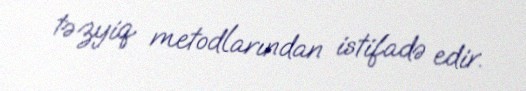
təzyiq metodlarından istifadə edir.